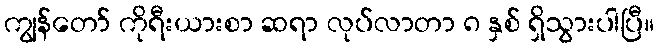
ကျွန်တော် ကိုရီးယားစာ ဆရာ လုပ်လာတာ ၈ နှစ် ရှိသွားပါပြီ။